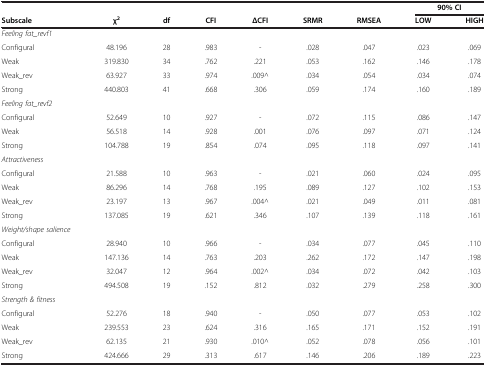
<table><thead><tr><td><b> </b></td><td><b> </b></td><td><b> </b></td><td><b> </b></td><td><b> </b></td><td><b> </b></td><td><b> </b></td><td colspan="2"><b>90% CI</b></td></tr><tr><td><b>Subscale</b></td><td><b>χ<sup>2</sup></b></td><td><b>df</b></td><td><b>CFI</b></td><td><b>ΔCFI</b></td><td><b>SRMR</b></td><td><b>RMSEA</b></td><td><b>LOW</b></td><td><b>HIGH</b></td></tr></thead><tbody><tr><td><i>Feeling fat_revf1</i></td><td> </td><td> </td><td> </td><td> </td><td> </td><td> </td><td> </td><td> </td></tr><tr><td>Configural</td><td>48.196</td><td>28</td><td>.983</td><td>-</td><td>.028</td><td>.047</td><td>.023</td><td>.069</td></tr><tr><td>Weak</td><td>319.830</td><td>34</td><td>.762</td><td>.221</td><td>.053</td><td>.162</td><td>.146</td><td>.178</td></tr><tr><td>Weak_rev</td><td>63.927</td><td>33</td><td>.974</td><td>.009^</td><td>.034</td><td>.054</td><td>.034</td><td>.074</td></tr><tr><td>Strong</td><td>440.803</td><td>41</td><td>.668</td><td>.306</td><td>.059</td><td>.174</td><td>.160</td><td>.189</td></tr><tr><td><i>Feeling fat_revf2</i></td><td> </td><td> </td><td> </td><td> </td><td> </td><td> </td><td> </td><td> </td></tr><tr><td>Configural</td><td>52.649</td><td>10</td><td>.927</td><td>-</td><td>.072</td><td>.115</td><td>.086</td><td>.147</td></tr><tr><td>Weak</td><td>56.518</td><td>14</td><td>.928</td><td>.001</td><td>.076</td><td>.097</td><td>.071</td><td>.124</td></tr><tr><td>Strong</td><td>104.788</td><td>19</td><td>.854</td><td>.074</td><td>.095</td><td>.118</td><td>.097</td><td>.141</td></tr><tr><td><i>Attractiveness</i></td><td> </td><td> </td><td> </td><td> </td><td> </td><td> </td><td> </td><td> </td></tr><tr><td>Configural</td><td>21.588</td><td>10</td><td>.963</td><td>-</td><td>.021</td><td>.060</td><td>.024</td><td>.095</td></tr><tr><td>Weak</td><td>86.296</td><td>14</td><td>.768</td><td>.195</td><td>.089</td><td>.127</td><td>.102</td><td>.153</td></tr><tr><td>Weak_rev</td><td>23.197</td><td>13</td><td>.967</td><td>.004^</td><td>.021</td><td>.049</td><td>.011</td><td>.081</td></tr><tr><td>Strong</td><td>137.085</td><td>19</td><td>.621</td><td>.346</td><td>.107</td><td>.139</td><td>.118</td><td>.161</td></tr><tr><td><i>Weight/shape salience</i></td><td> </td><td> </td><td> </td><td> </td><td> </td><td> </td><td> </td><td> </td></tr><tr><td>Configural</td><td>28.940</td><td>10</td><td>.966</td><td>-</td><td>.034</td><td>.077</td><td>.045</td><td>.110</td></tr><tr><td>Weak</td><td>147.136</td><td>14</td><td>.763</td><td>.203</td><td>.262</td><td>.172</td><td>.147</td><td>.198</td></tr><tr><td>Weak_rev</td><td>32.047</td><td>12</td><td>.964</td><td>.002^</td><td>.034</td><td>.072</td><td>.042</td><td>.103</td></tr><tr><td>Strong</td><td>494.508</td><td>19</td><td>.152</td><td>.812</td><td>.032</td><td>.279</td><td>.258</td><td>.300</td></tr><tr><td><i>Strength &amp; fitness</i></td><td> </td><td> </td><td> </td><td> </td><td> </td><td> </td><td> </td><td> </td></tr><tr><td>Configural</td><td>52.276</td><td>18</td><td>.940</td><td>-</td><td>.050</td><td>.077</td><td>.053</td><td>.102</td></tr><tr><td>Weak</td><td>239.553</td><td>23</td><td>.624</td><td>.316</td><td>.165</td><td>.171</td><td>.152</td><td>.191</td></tr><tr><td>Weak_rev</td><td>62.135</td><td>21</td><td>.930</td><td>.010^</td><td>.052</td><td>.078</td><td>.056</td><td>.101</td></tr><tr><td>Strong</td><td>424.666</td><td>29</td><td>.313</td><td>.617</td><td>.146</td><td>.206</td><td>.189</td><td>.223</td></tr></tbody></table>